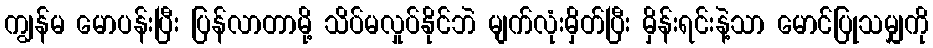
ကျွန်မ မောပန်းပြီး ပြန်လာတာမို့ သိပ်မလှုပ်နိုင်ဘဲ မျက်လုံးမှိတ်ပြီး မှိန်းရင်းနဲ့သာ မောင်ပြုသမျှကို